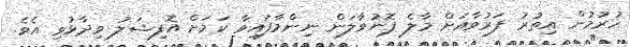
ހުރުމުން އިތުރު ފަރުވާއަށް މާލެ ފޮނުވާލަން ނިންމާފައިވާ ކަމަށް އޮފިޝަލު ވިދާޅުވި އެވެ.